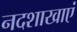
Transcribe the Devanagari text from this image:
नदशाखाएं